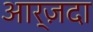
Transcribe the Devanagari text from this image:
आर्ज़दा